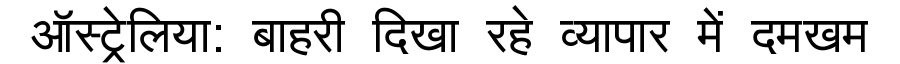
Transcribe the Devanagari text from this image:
ऑस्ट्रेलिया: बाहरी दिखा रहे व्यापार में दमखम